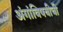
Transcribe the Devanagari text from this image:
अंगांविषयीची